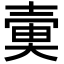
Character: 𡔱